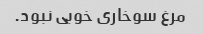
مرغ سوخاری خوبی نبود.